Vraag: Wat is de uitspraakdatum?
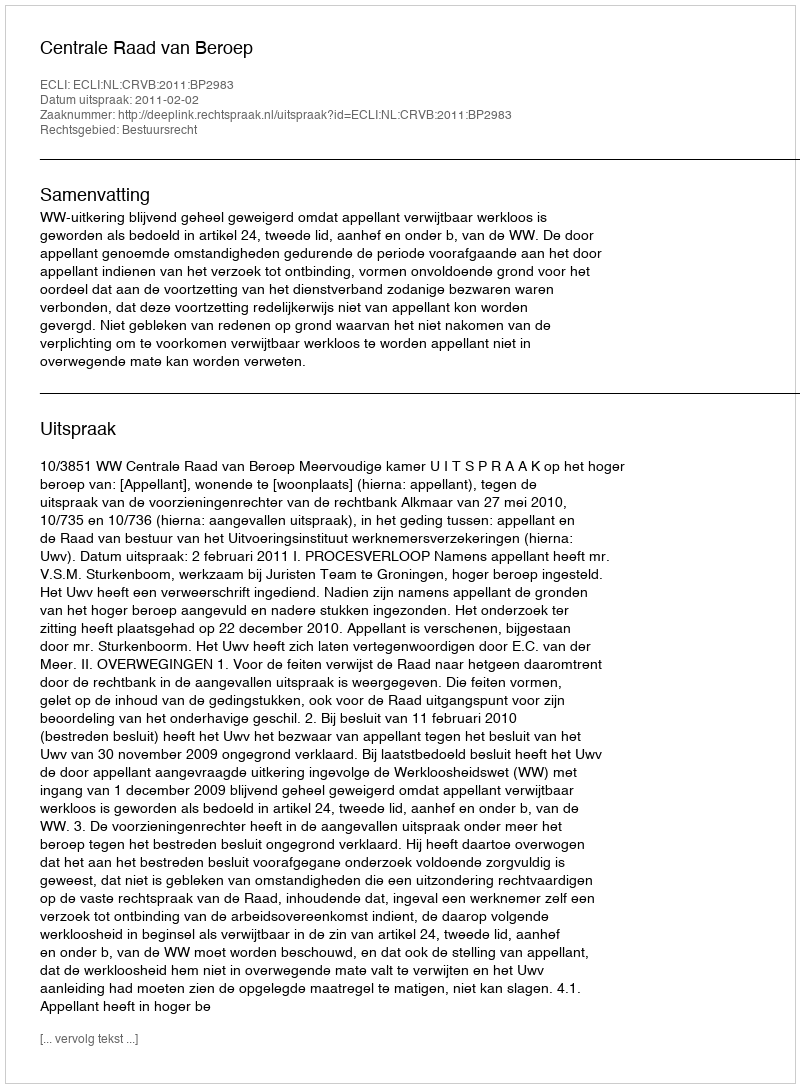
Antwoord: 2011-02-02